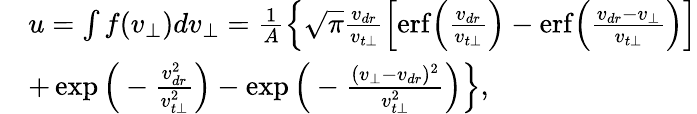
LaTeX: \begin{array}{rl}&{u=\int f(v_{\perp})dv_{\perp}=\frac{1}{A}\Big\{ \sqrt{\pi}\frac{v_{dr}}{v_{t\perp}}\Big[\mathrm{erf}\Big(\frac{v_{dr}}{v_{t\perp}}\Big)-\mathrm{erf}\Big(\frac{v_{dr}-v_{\perp}}{v_{t\perp}}\Big)\Big]}\\ &{+\exp\Big(-\frac{v_{dr}^{2}}{v_{t\perp}^{2}}\Big)-\exp\Big(-\frac{(v_{\perp}-v_{dr})^{2}}{v_{t\perp}^{2}}\Big)\Big\} ,}\end{array}